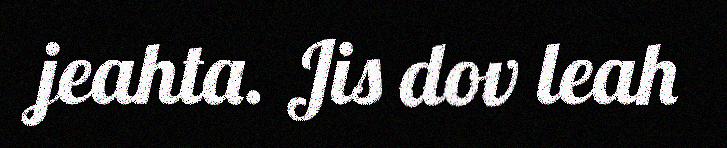
jeahta. Jis dov leah